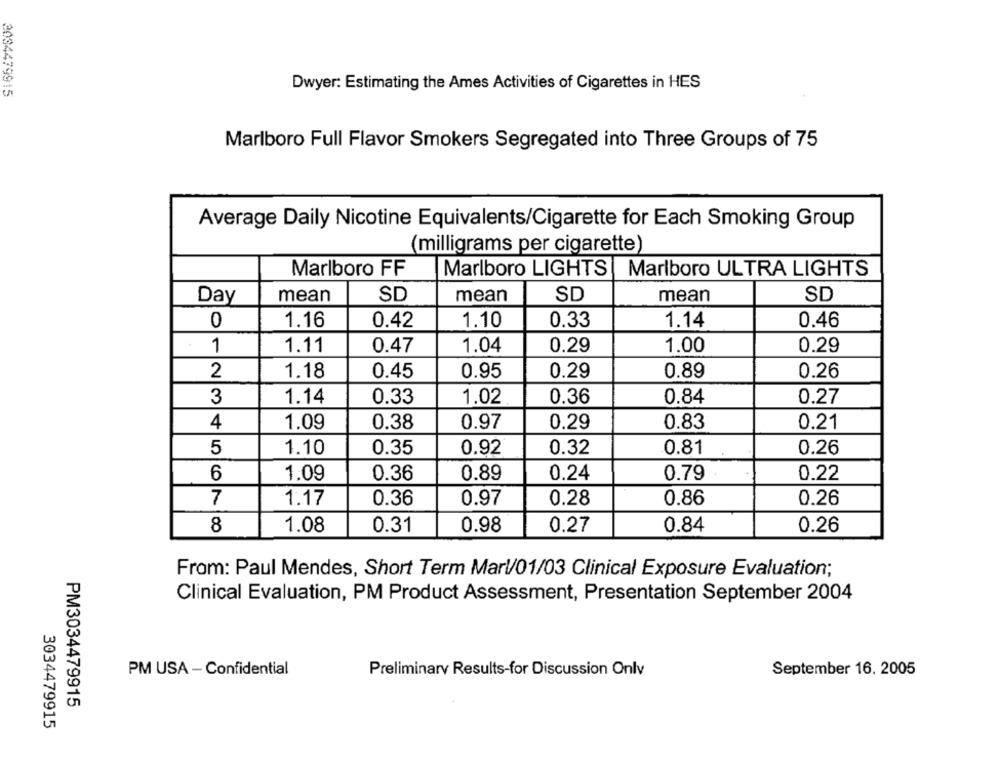
3034479915
Dwyer: Estimating the Ames Activities of Cigarettes in HES
Marlboro Full Flavor Smokers Segregated into Three Groups of 75
Average Daily Nicotine Equivalents/Cigarette for Each Smoking Group
(milligrams per cigarette)
Marlboro FF
Marlboro LIGHTS
Marlboro ULTRA LIGHTS
mean
SD
mean
SD
mean
SD
Day
0
1.16
0.42
1.10
0.33
1.14
0.46
1
1.11
0.47
1.04
0.29
1.00
0.29
2
1.18
0.45
0.95
0.29
0.89
0.26
3
1.14
0.33
1.02
0.36
0.84
0.27
4
1.09
0.38
0.97
0.29
0.83
0.21
0.35
0.92
0.32
0.26
5
1.10
0.81
6
1.09
0.36
0.89
0.24
0.79
0.22
7
1.17
0.36
0.97
0.28
0.86
0.26
8
1.08
0.98
0.84
0.31
0.27
0.26
From: Paul Mendes, Short Term Marl/01/03 Clinical Exposure Evaluation;
Clinical Evaluation, PM Product Assessment, Presentation September 2004
PM USA - Confidential
September 16. 2005
Preliminary Results-for Discussion Onlv
PM3034479915
3034479915